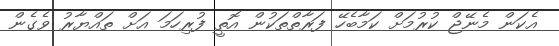
އެކަން މެނޭޖް ކުރުމަށް ކަމާބެހޭ ފަރާތްތަކުން އޮތީ ފުރިހަމަ އަށް ތައްޔާރު ވެގެން